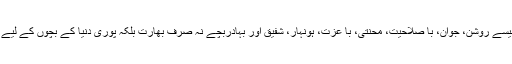
خوبصورتی یہ ہے تم جیسے روشن، جوان، با صلاحیت، محنتی، با عزت، ہونہار، شفیق اور بہادربچے نہ صرف بھارت بلکہ پوری دنیا کے بچوں کے لیے بِلا شبہ رول ماڈل ہیں"۔